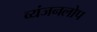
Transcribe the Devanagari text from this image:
व्यंजनलोप